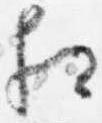
相